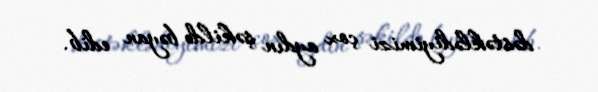
dəstəklədiyimizi çox aydın şəkildə bəyan edib.